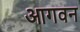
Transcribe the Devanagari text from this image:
आगवन